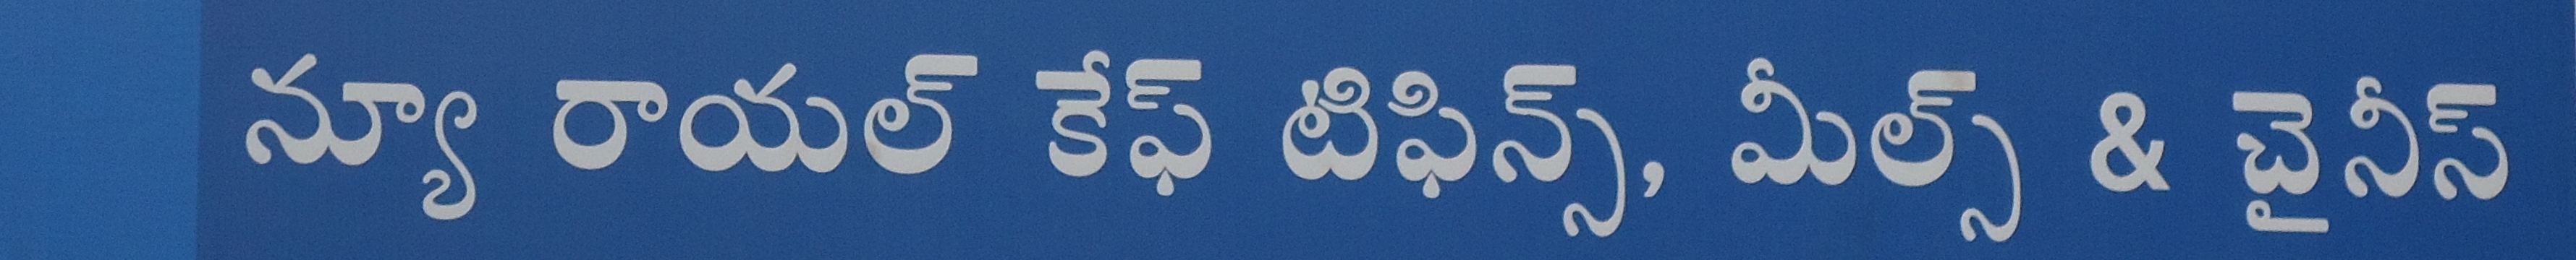
Language: telugu
Transcription: న్యూ రాయల్ కేఫ్ టిఫిన్స్, మీల్స్